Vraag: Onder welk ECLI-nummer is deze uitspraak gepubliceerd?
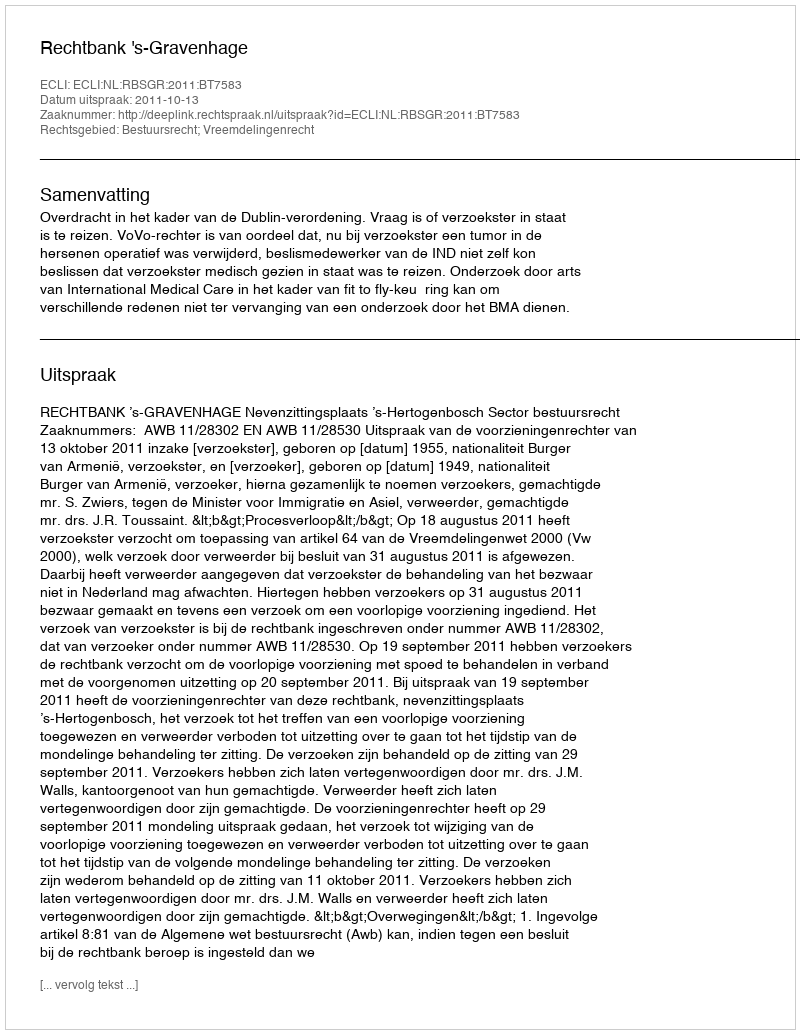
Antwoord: ECLI:NL:RBSGR:2011:BT7583